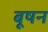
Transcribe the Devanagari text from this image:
बूषन